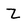
Character: Z